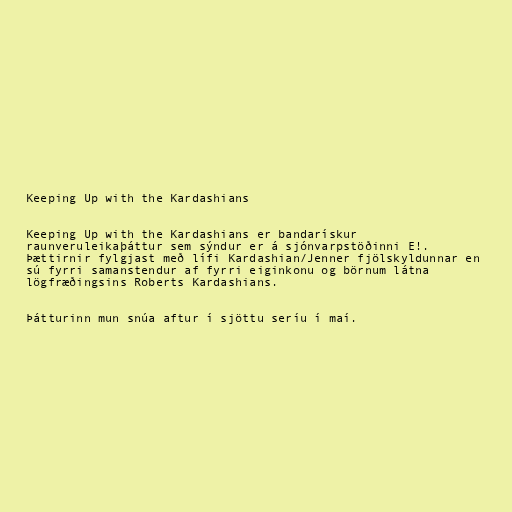
Keeping Up with the Kardashians

Keeping Up with the Kardashians er bandarískur
raunveruleikaþáttur sem sýndur er á sjónvarpstöðinni E!.
Þættirnir fylgjast með lífi Kardashian/Jenner fjölskyldunnar en
sú fyrri samanstendur af fyrri eiginkonu og börnum látna
lögfræðingsins Roberts Kardashians.

Þátturinn mun snúa aftur í sjöttu seríu í maí.